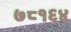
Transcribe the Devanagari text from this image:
७८१६४